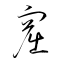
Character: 窟